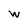
Character: w